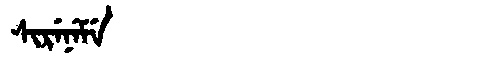
Manchu: ᠰᡳᡵᡝᠨᡝᠮᡝ
Romanization: SIRENEME